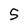
Character: 5